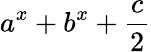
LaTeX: a^{x}+b^{x}+\frac{c}{2}